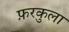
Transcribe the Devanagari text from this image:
फ़रकुला